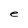
Character: e